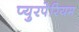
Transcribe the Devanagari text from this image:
प्युरपेरियम